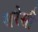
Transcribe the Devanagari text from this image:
सरेसी